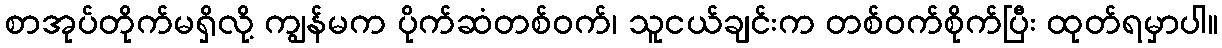
စာအုပ်တိုက်မရှိလို့ ကျွန်မက ပိုက်ဆံတစ်ဝက်၊ သူငယ်ချင်းက တစ်ဝက်စိုက်ပြီး ထုတ်ရမှာပါ။